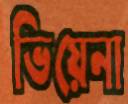
ভিয়েনা